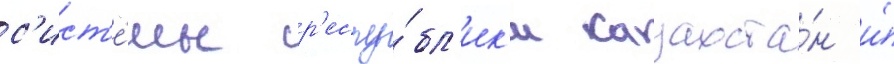
с'ист'е́мы р'еспу́бл'ик'и казахста́н и́